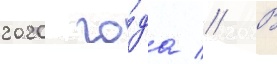
2020 го́да // В